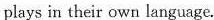
plays in their own language.